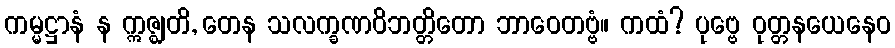
ကမ္မဋ္ဌာနံ န ဣဇ္ဈတိ, တေန သလက္ခဏဝိဘတ္တိတော ဘာဝေတဗ္ဗံ။ ကထံ? ပုဗ္ဗေ ဝုတ္တနယေနေဝ